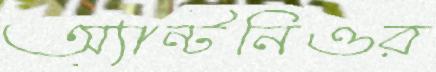
অ্যান্টনিওর